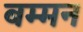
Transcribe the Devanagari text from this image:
बम्मन